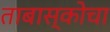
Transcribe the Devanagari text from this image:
ताबास्कोचा